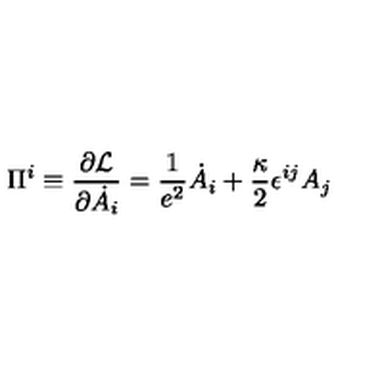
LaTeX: \Pi ^ { i } \equiv { \frac { \partial { \cal L } } { \partial \dot { A _ { i } } } } = \frac { 1 } { e ^ { 2 } } \dot { A } _ { i } + \frac { \kappa } { 2 } \epsilon ^ { i j } A _ { j }